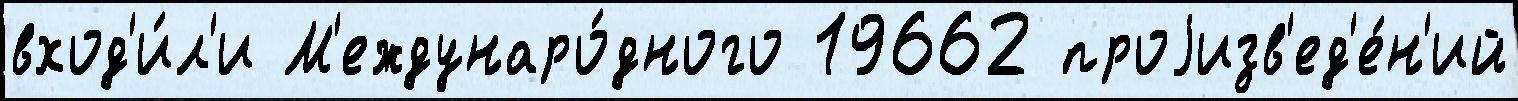
вход'и́л'и М'еждунаро́дного 19662 проjизв'ед'е́н'ий